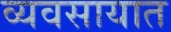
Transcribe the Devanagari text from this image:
व्‍यवसायात